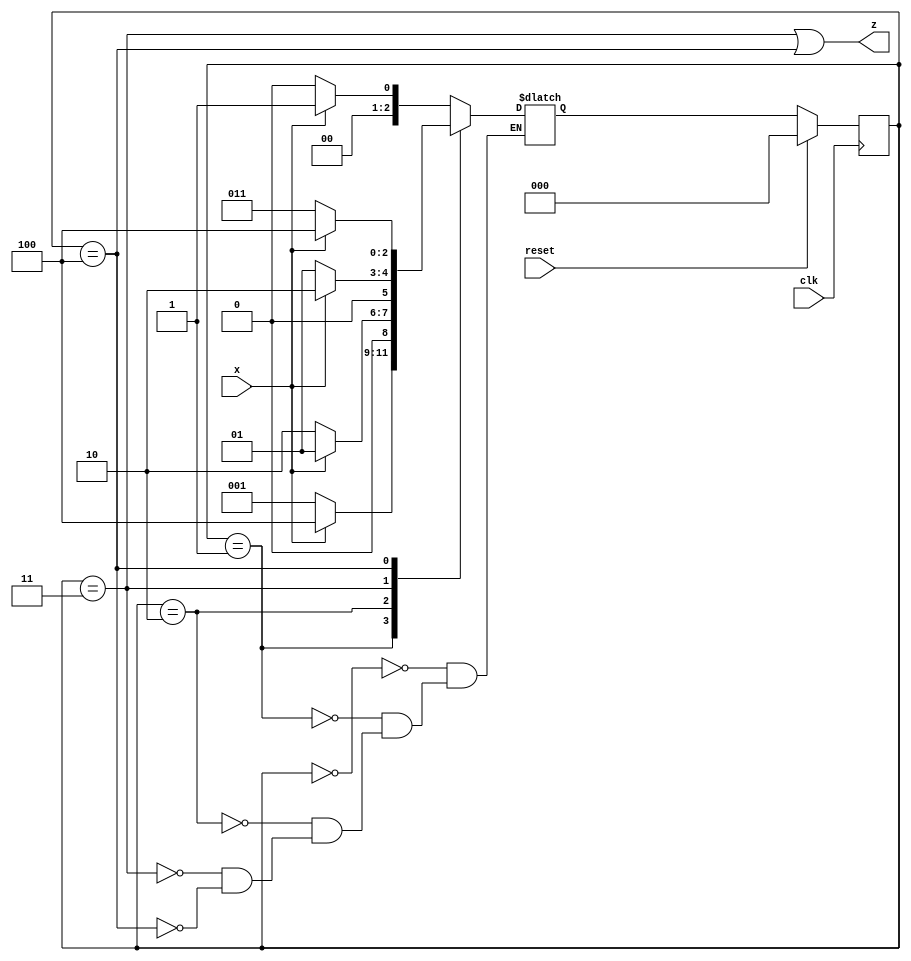
module top_module (
    input clk,
    input reset,   // Synchronous reset
    input x,
    output z
);
    parameter [2:0] A=0, B=1, C=2, D=3, E=4;
    reg [2:0] ps, ns;
    
    always @(posedge clk) begin
        if(reset)
            ps <= A;
        else
            ps <= ns;
    end
    
    always @(*) begin
        case(ps)
        	A: ns = x ? B : A;
            B: ns = x ? E : B;
            C: ns = x ? B : C;
            D: ns = x ? C : B;
            E: ns = x ? E : D;
        endcase
    end
    
    assign z = ps==D | ps==E;

endmodule